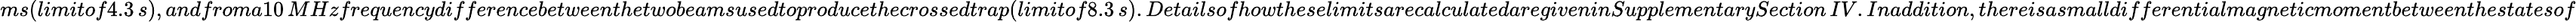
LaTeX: ms(limitof4.3\, s),andfroma10\, MHzfrequencydifferencebetweenthetwobeamsusedtoproducethecrossedtrap(limitof8.3\, s).DetailsofhowtheselimitsarecalculatedaregiveninSupplementarySection\, IV.Inaddition,thereisasmalldifferentialmagneticmomentbetweenthestatesof